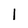
Character: 1